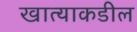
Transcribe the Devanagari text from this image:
खात्याकडील